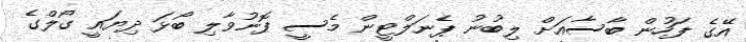
އޭގެ ފަހުން ބާސާއަށް ލިބުނު ޕެނަލްޓީން މެސީ ފޮނުވާލި ބޯޅަ ދިޔައީ ގޯލްގެ